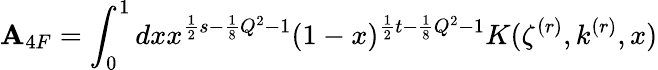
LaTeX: \mathbf{A}_{4F}=\int_{0}^{1}dxx^{\frac{{1}}{{2}}s-\frac{{1}}{{8}}Q^{2}-1}(1-x)^{\frac{{1}}{{2}}t-\frac{{1}}{{8}}Q^{2}-1}K(\zeta^{(r)},k^{(r)},x)